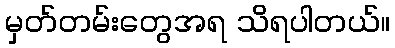
မှတ်တမ်းတွေအရ သိရပါတယ်။